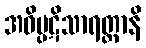
အဝိပ္ပဋိသာရတ္ထာနိ